NAE_ERA_R-1992_EV_Ehitusministeerium, lk 18
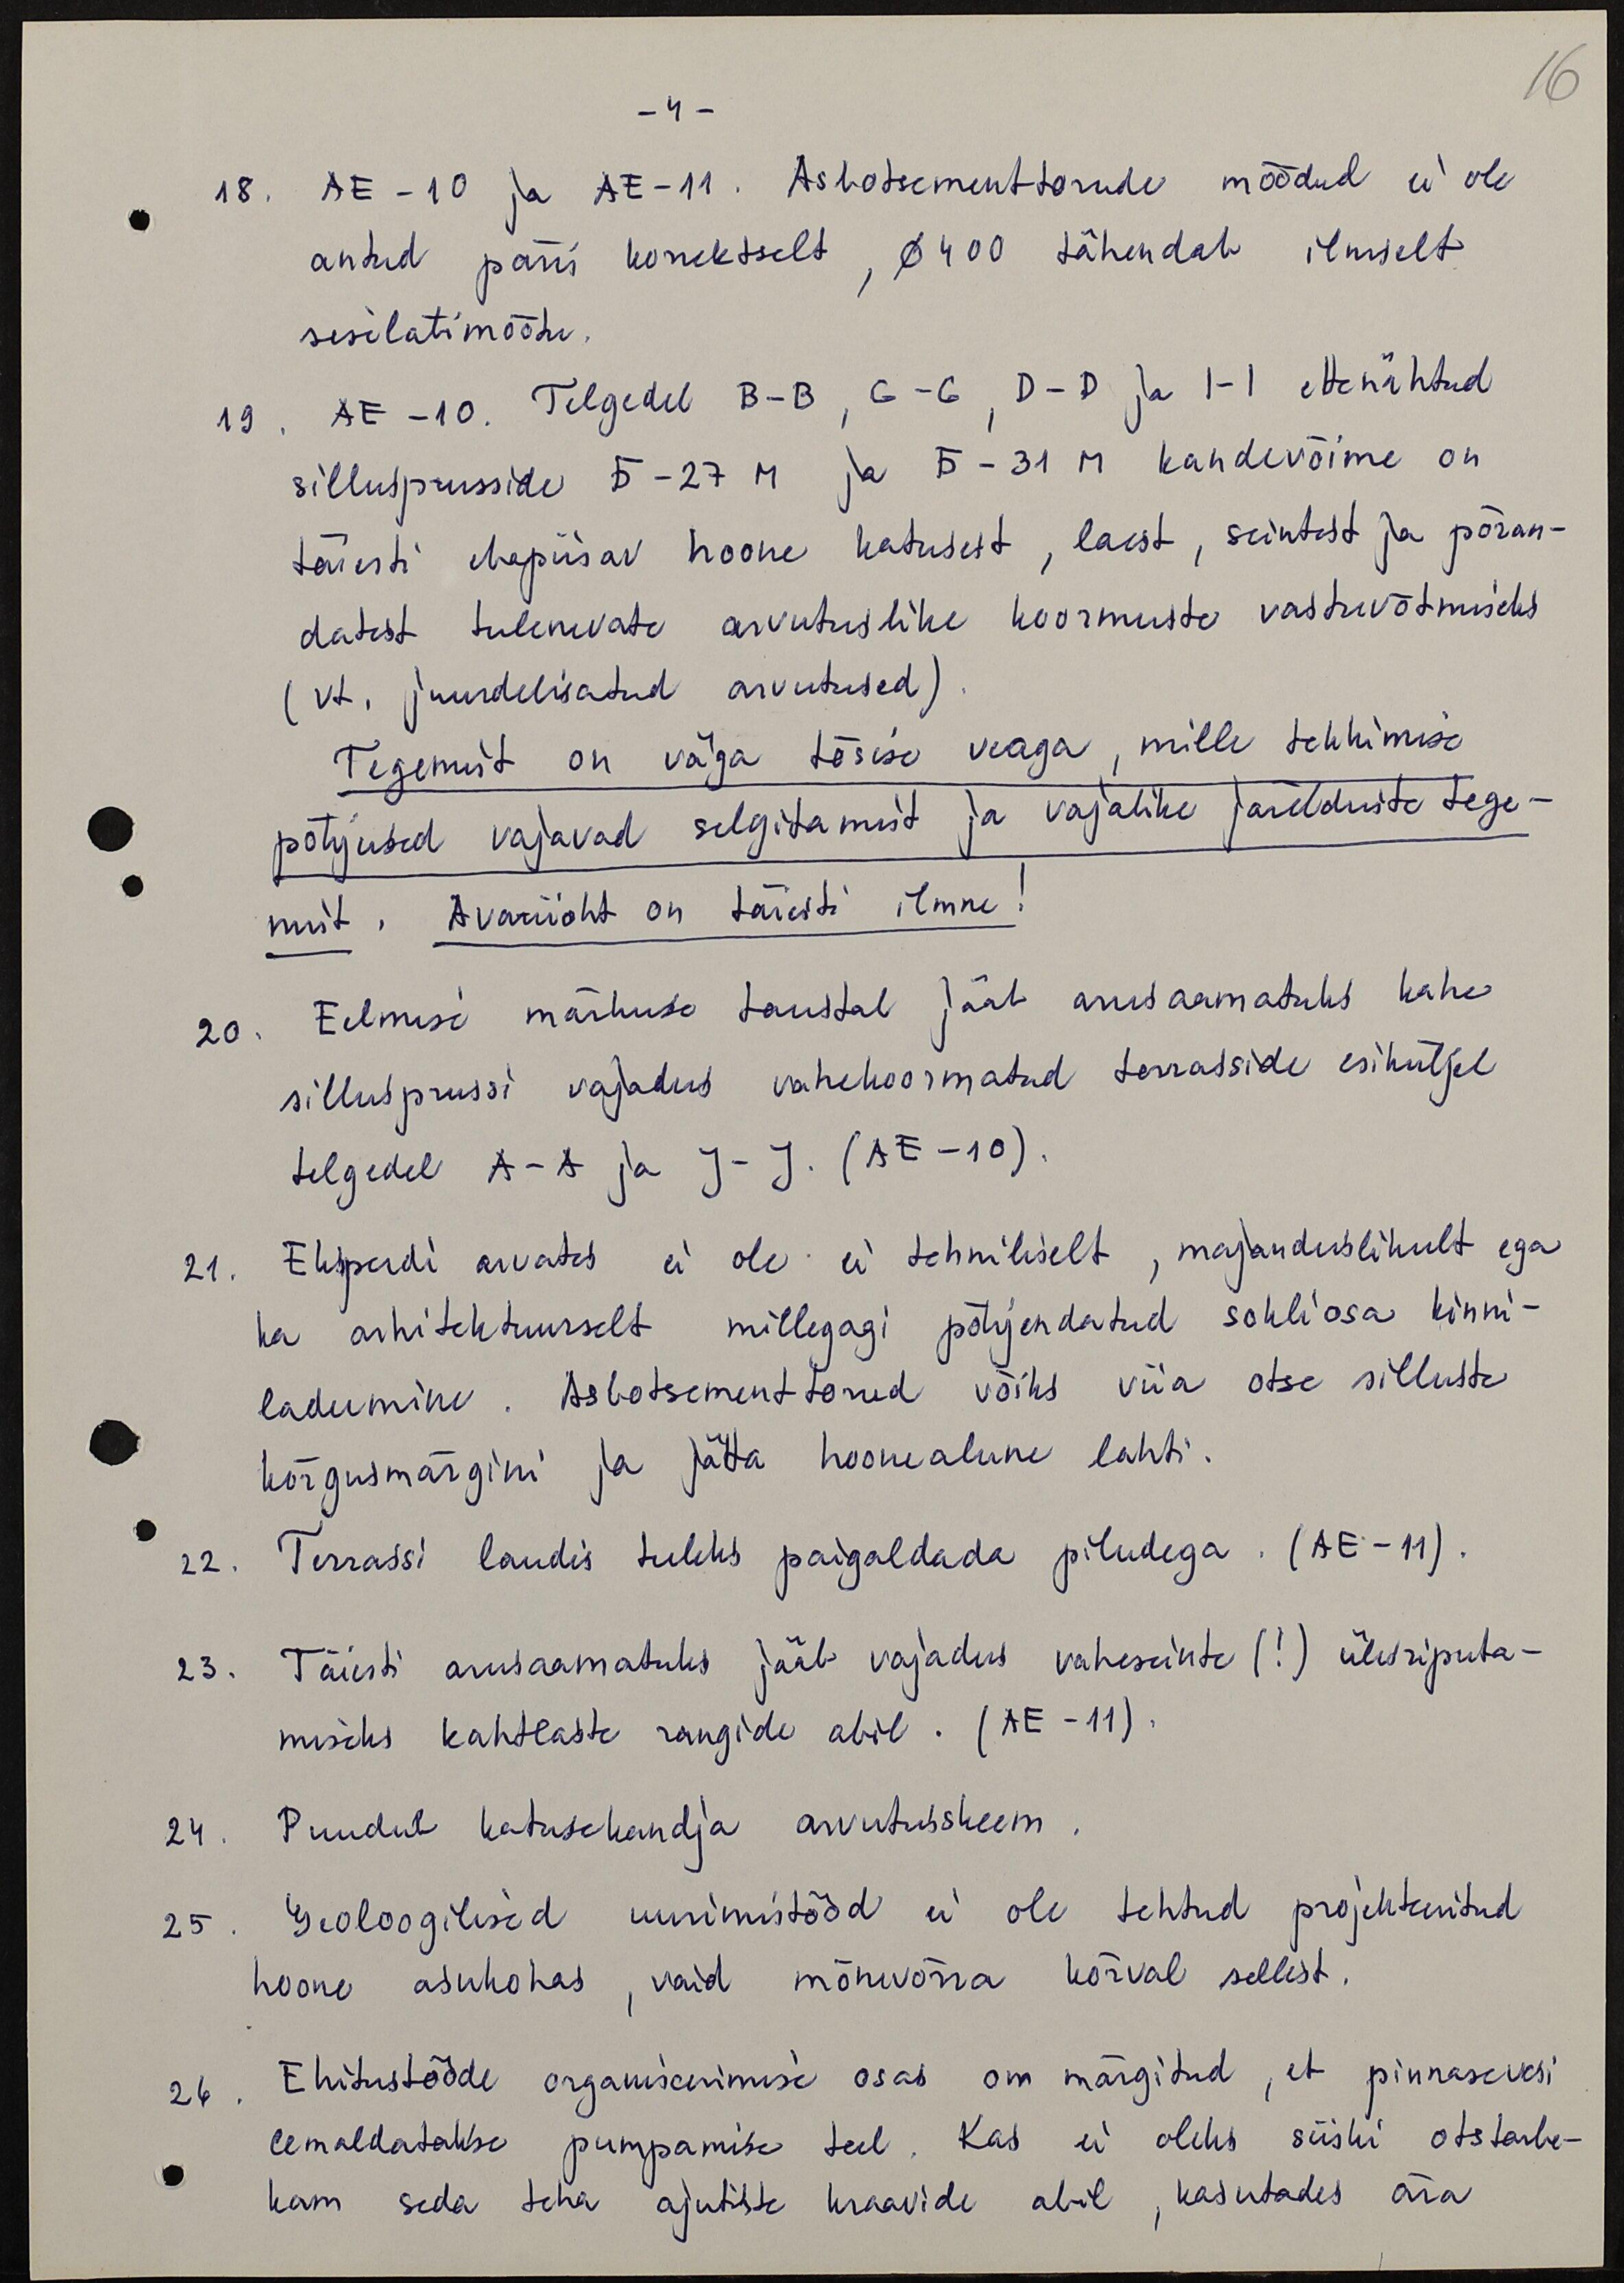
16

- 4 -
18. AE -10 ja AE-11. Asbotsementtorude mõõdud ei ole
antud päris korrektselt, Ø 400 tähendab ilmselt
siselati mõõtu.
19. AE-10. Telgedel B-B, G-G, D-D ja I-I ettenähtud
sillusprusside Б-27 M ja Б-31 M kandevõime on
täiesti ebapiisav hoone katusest, laest, seintest ja põran-
datest tulenevate arvutuslike koormuste vastuvõtmiseks
( vt. juurdelisatud arvutused)
Tegemist on väga tõsise veaga, mille tekkimise
põhjused vajavad selgitamist ja vajalike järelduste tege-
mist. Avariioht on täiesti ilmne
20. Eelmise märkuse taustal jääb arusaamatuks kahe
sillusprussi vajadus vahekoormatud terrasside esiküljel
telgedel A-A ja J-J. (AE-10).
21. Eksperdi arvates ei ole ei tehniliselt, majanduslikult ega
ka arhitektuurselt millegagi põhjendatud sokliosa kinni-
ladumine. Asbotsementtorud võiks viia otse silluste
kõrgusmärgini ja jätta hoonealune lahti.
22. Terrassi laudis tuleks paigaldada piludega. (AE-11).
23. Täiesti arusaamatuks jääb vajadus vaheseinte (!) ülesriputa-
miseks kahtlaste rangide abil. (AE -11).
24. Puudub katusekandja arvutusskeem.
25. Geoloogilised uurimistööd ei ole tehtud projekteeritud
hoone asukohas, vaid mõnevõrra kõrval sellest.
26. Ehitustööde organiserimise osas on märgitud, et pinnase vesi
eemaldatakse pumpamise teel. Kas ei oleks siiski otstarbe-
kam seda teha ajutiste kraavide abil, kasutades ära